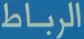
الرباط